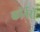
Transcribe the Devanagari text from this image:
कॉर्नरों